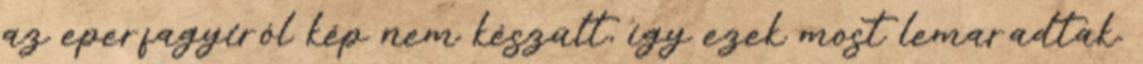
az eperfagyiról kép nem készült, így ezek most lemaradtak.